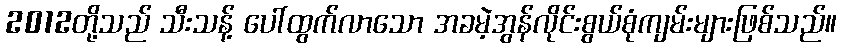
2012တို့သည် သီးသန့် ပေါ်ထွက်လာသော အခမဲ့အွန်လိုင်းစွယ်စုံကျမ်းများဖြစ်သည်။